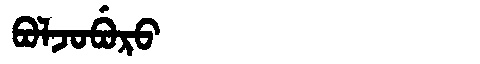
Manchu: ᠪᠣᠯᠵᠣᠪᡠᡵᠣ
Romanization: BOLJOBURO